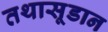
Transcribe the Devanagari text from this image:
तथासूडान